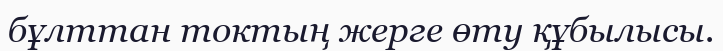
бұлттан токтың жерге өту құбылысы.